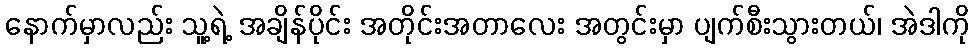
နောက်မှာလည်း သူ့ရဲ့ အချိန်ပိုင်း အတိုင်းအတာလေး အတွင်းမှာ ပျက်စီးသွားတယ်၊ အဲဒါကို